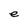
Character: e